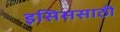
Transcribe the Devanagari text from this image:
इसिससाठी